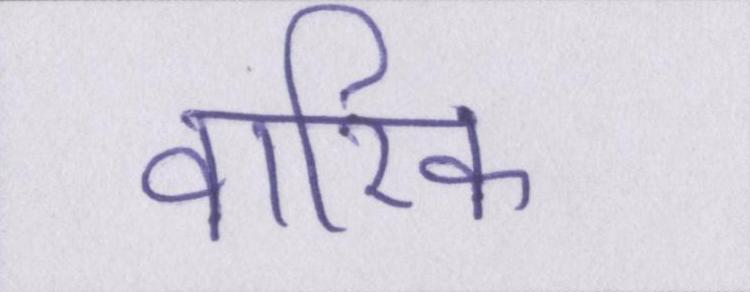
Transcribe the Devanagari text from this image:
वारिक